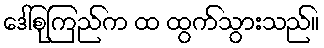
ဒေါ်စုကြည်က ထ ထွက်သွားသည်။